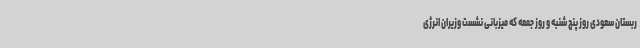
ربستان سعودی روز پنج شنبه و روز جمعه که میزبانی نشست وزیران انرژی